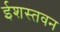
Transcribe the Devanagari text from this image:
ईशस्तवन